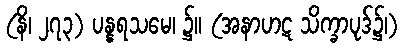
(နိ၊ ၂၇၃) ပန္နရသမေ၊ ၌။ (အနာဟဋ သိက္ခာပုဒ်၌၊)